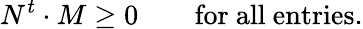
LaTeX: N^{t}\cdot M\ge 0\qquad\mathrm{for~all~entries.}